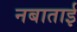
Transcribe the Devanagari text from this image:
नबाताई